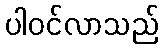
ပါဝင်လာသည်